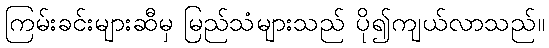
ကြမ်းခင်းများဆီမှ မြည်သံများသည် ပို၍ကျယ်လာသည်။